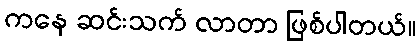
ကနေ ဆင်းသက် လာတာ ဖြစ်ပါတယ်။